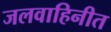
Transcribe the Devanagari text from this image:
जलवाहिनीत